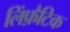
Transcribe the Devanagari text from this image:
लिंफ़ैटिक